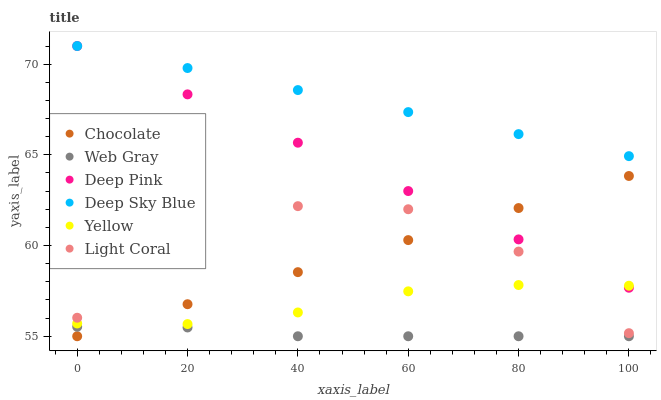
| xaxis_label | Chocolate | Web Gray | Deep Pink | Deep Sky Blue | Yellow | Light Coral |
 | --- | --- | --- | --- | --- | --- | --- |
 | 0 | 55 | 55.5 | 71 | 71 | 55.7 | 56 |
 | 20 | 56.8 | 55.5 | 68.3 | 69.8 | 55.7 | 60.2 |
 | 40 | 58.5 | 55 | 65.7 | 68.6 | 56.3 | 62.2 |
 | 60 | 60.3 | 55 | 63 | 67.4 | 57.5 | 62 |
 | 80 | 62.1 | 55 | 60.3 | 66.1 | 57.8 | 59.7 |
 | 100 | 63.8 | 55 | 57.7 | 64.9 | 57.8 | 55.2 |